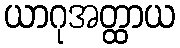
ယာဂုအတ္ထာယ